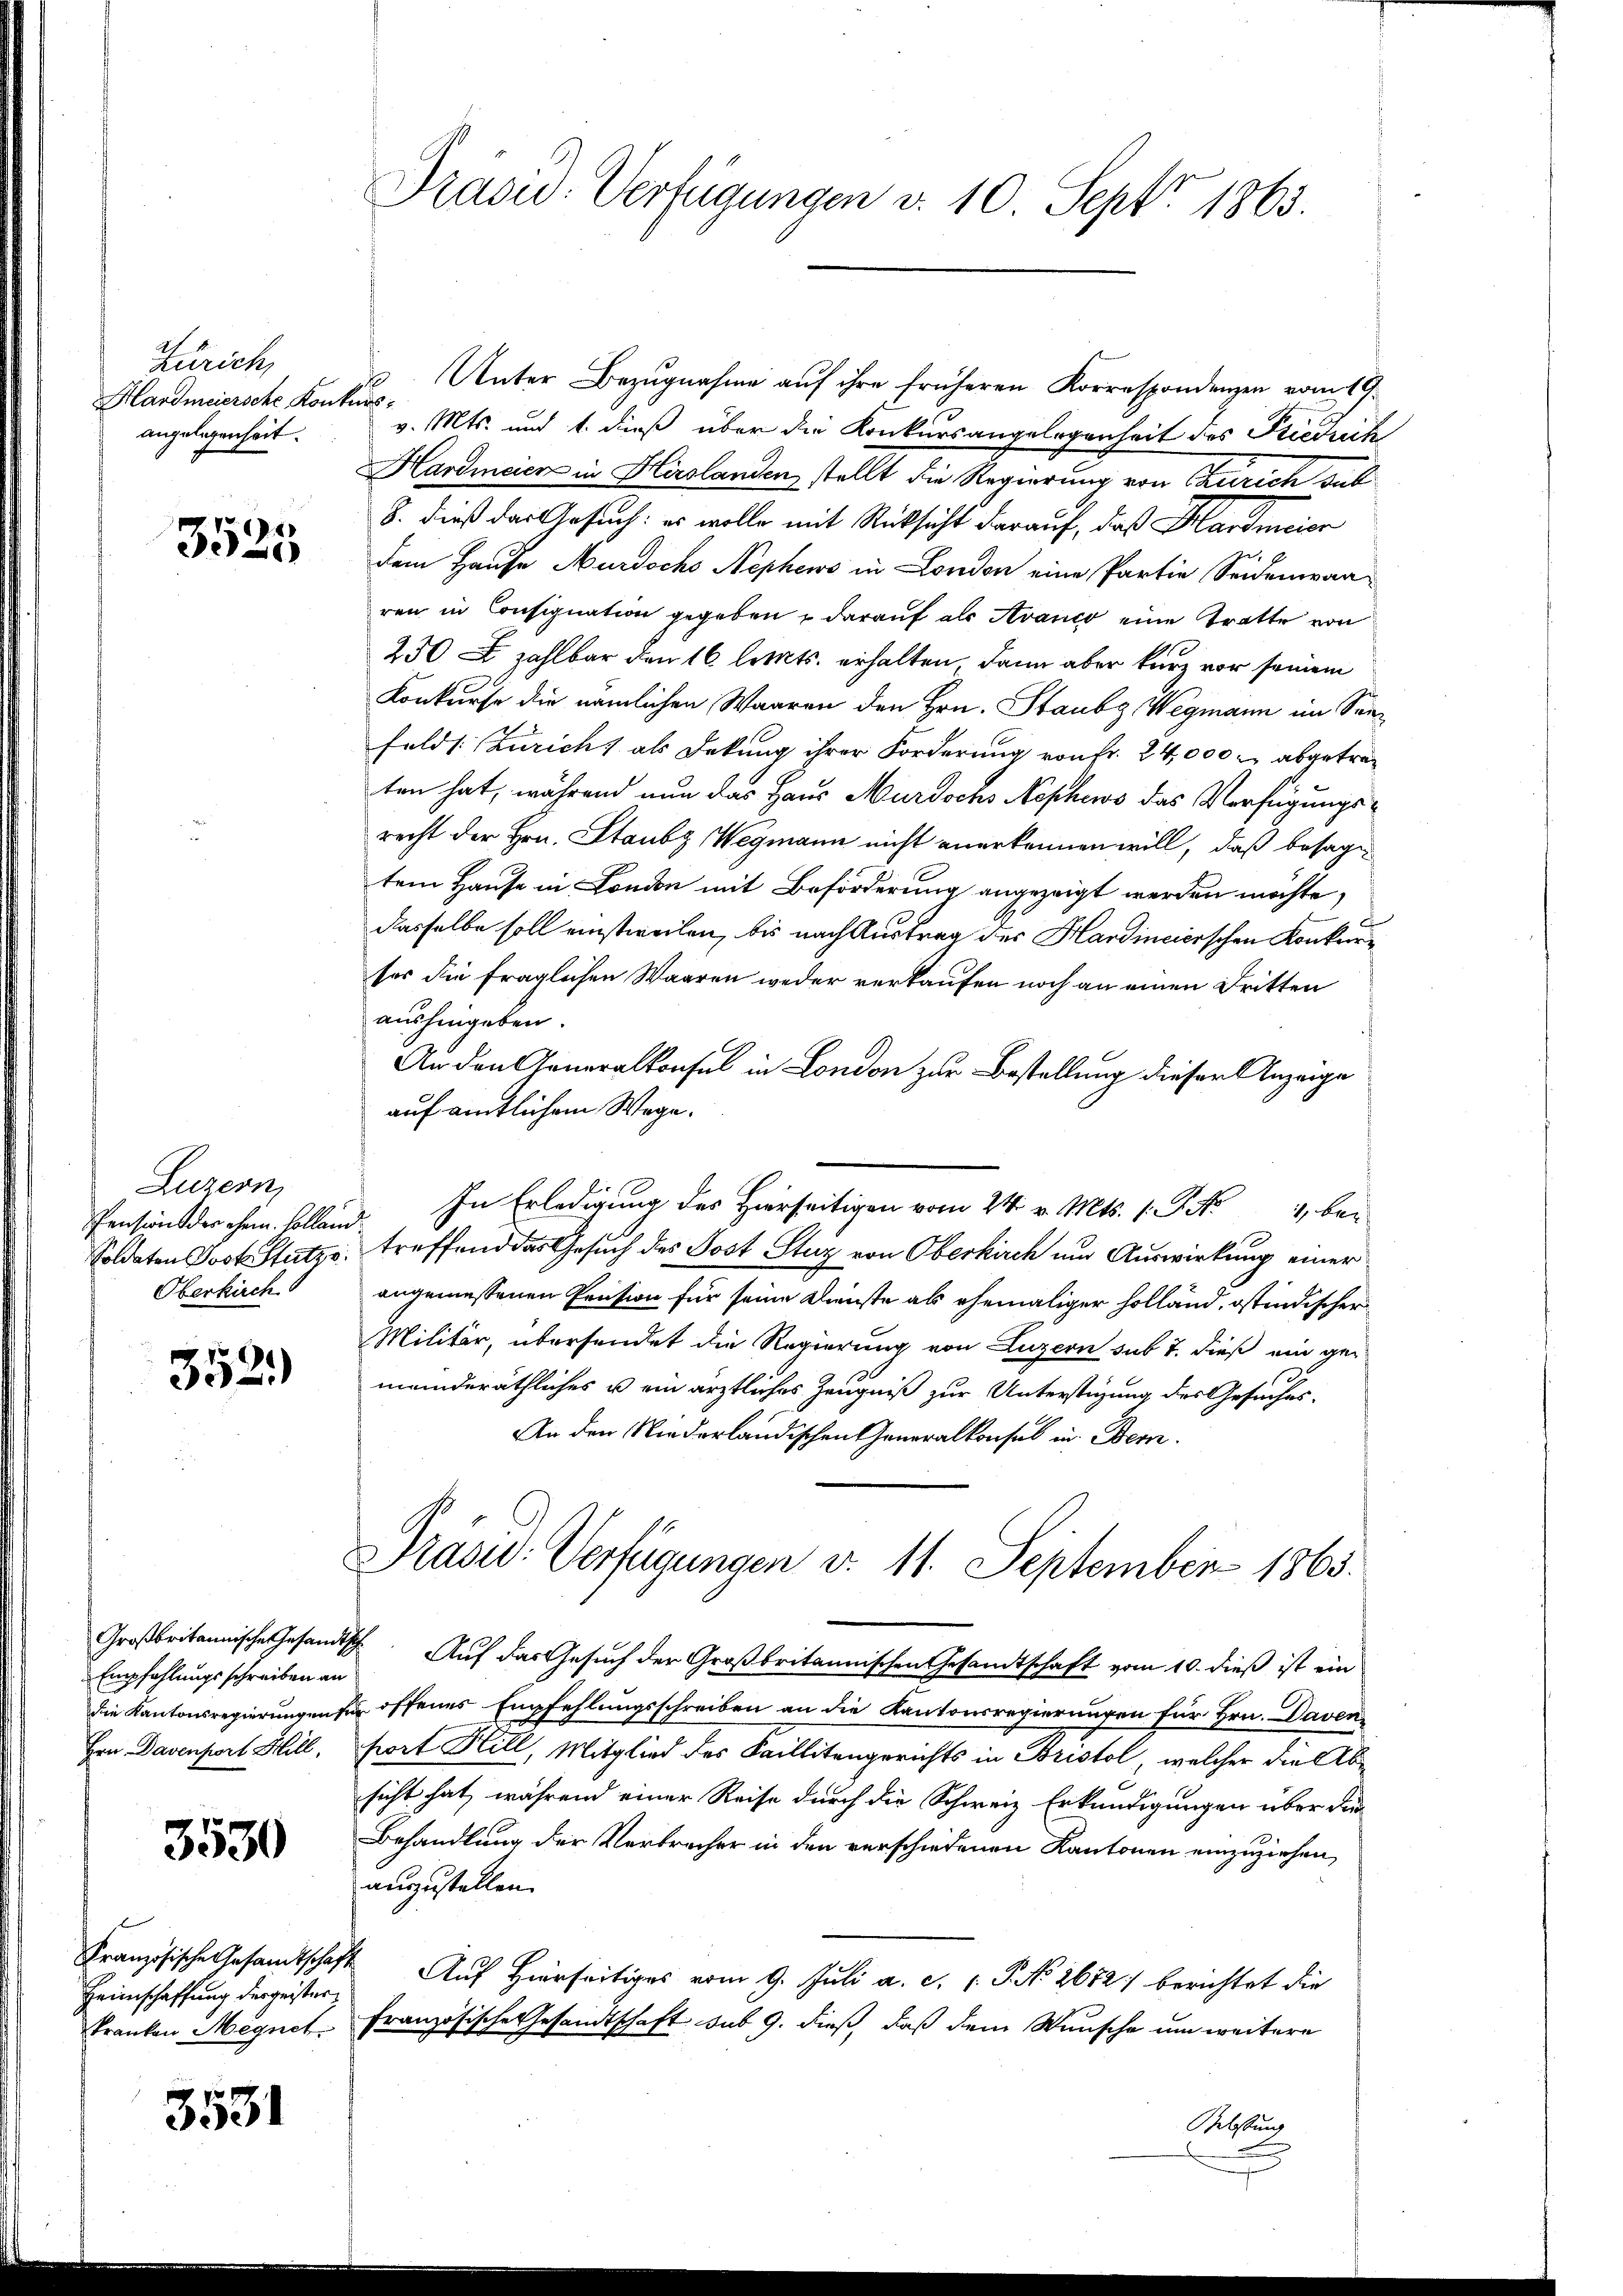
Zürich,
Hardmeiersche Konkursangelegenheit.

3525

Luzern,
Pensions der chem Collen
Oberkirch

352.

Empfehlungsschreiben an

3530

Heimschaffung dergeisterkranken Megnet

3531

Präsid. Verfügungen v. 10. Sept. 1863.

3. Unter Bezugnahme auf ihre früheren Korrespondenzen vom 19.
v. Mts. und 1. dieß über die Konkursangelegenheit des Friedrich
Hardmeier in Hirslanden stellt die Regierung von Zürich sub
8. dieß das Gesuch: es wolle mit Rücksicht darauf, daß Hardmeier
x
dem Hause Murdoch Nephews in London eine Partie Seidemanren in Consignation gegeben u darauf als Avanco eine Tratte von
250 zahlbar den 16. letts. erhalten, dann aber kurz vor seinem
Konkurse die nämlichen Waaren den Hrn. Staubg Wegmann im Senfelds: Züricht als Dekung ihrer Forderung von Fr. 24,000 - abgetreten hat, während nun das Haus Murdochs Neschens das Verfügungsrecht der Hrn. Staubz Wegmann nicht anerkennen will, daß besagtem Hause in London mit Beförderung angezeigt werden möchte,
dasselbe soll einstweilen, bis nach Austrag des Hardincierschen Konkurses die fraglichen Waaren weder verkaufen noch an einen Dritten
aushingeben.
An den Generalkonsul in London zur Bestellung dieser Anzeige
auf amtlichem Wege.
In Erledigung des Hirseitigen vom 24. v. Mts. 1. P. Nr. 1, be¬
Soldaten Jost Stutz, treffend das Gesuch des Post Sturz von Oberkirch um Auswirkung einer
angemessenen Pension für seine Dienste als ehemaliger holland, ostindischer
Militär, übersendet die Regierung von Luzern sub 7. dieß ein ge-
meinderäthliches u ein ärztliches Zeugniß zur Unterstigung des Gesuches.
An den Niederländischen Generalkonsul in Bern.
Präsid. Verfügungen d. 11. September 1863.
Großbritannische Gesandtsche Auf das Gesuch der Großbritannischen Gesandtschaft vom 10. dieß ist ein
die Kantonsregierungen für offenes Empfehlungsschreiben an die Kantonsregierungen für Hrn. Daven
Hrn Davenport Hill, fort Hill, Mitglied des Faillitengerichts in Bristol, welcher die Absicht hat, während einer Reise durch die Schweiz Erkundigungen über die
Behandlung der Verbrecher in den verschiedenen Kantonen einzuziehen,
auszustellen.
Französische Gesamtschaft Auf Hierseitiges vom 9. Juli a. c. P. No 2672) berichtet die
französische Gesandtschaft sub 9. dieß, daß dem Wunsche um weitere
Mastung